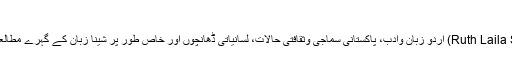
لیلٰی رتھ شمیت
لیلٰی رتھ شمیت (Ruth Laila Schmidt) اردو زبان وادب، پاکستانی سماجی وثقافتی حالات، لسانیاتی ڈھانچوں اور خاص طور پر شینا زبان کے گہرے مطالعے کے لیے جانی جاتی ہیں۔